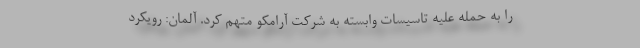
را به حمله علیه تاسیسات وابسته به شرکت آرامکو متهم کرد. آلمان: رویکرد